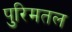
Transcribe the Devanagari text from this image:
पुरिमतल